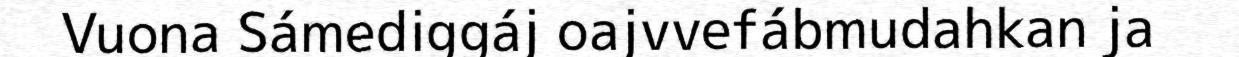
Vuona Sámediggáj oajvvefábmudahkan ja